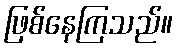
ဖြစ်နေကြသည်။